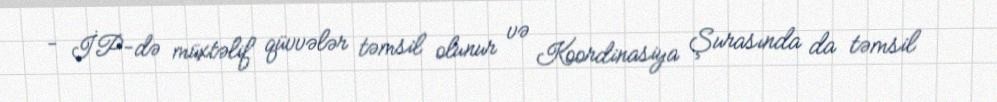
- İP-də müxtəlif qüvvələr təmsil olunur və Koordinasiya Şurasında da təmsil